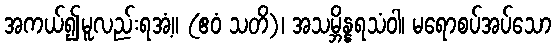
အကယ်၍မူလည်းရအံ့။ (ဧဝံ သတိ)၊ အသမ္ဘိန္နရသံဝါ၊ မရောစပ်အပ်သော